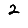
Digit: 2